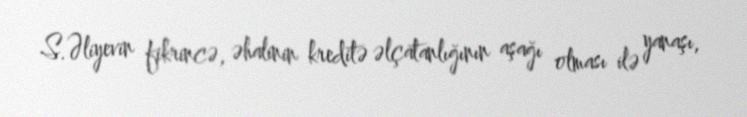
S.Əliyevin fikrincə, əhalinin kreditə əlçatanlığının aşağı olması ilə yanaşı,